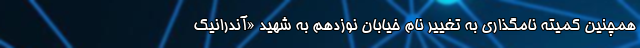
همچنین کمیته نامگذاری به تغییر نام خیابان نوزدهم به شهید «آندرانیک